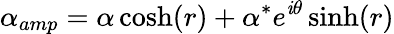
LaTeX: \alpha_{amp}=\alpha\cosh(r)+\alpha^{*}e^{\mathit{i}\theta}\sinh(r)